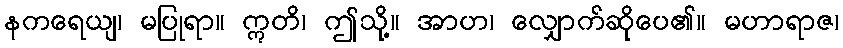
နကရေယျ၊ မပြုရာ။ ဣတိ၊ ဤသို့။ အာဟ၊ လျှောက်ဆိုပေ၏။ မဟာရာဇ၊